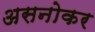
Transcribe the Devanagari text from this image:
असनोकर